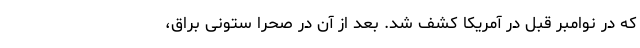
که در نوامبر قبل در آمريکا کشف شد. بعد از آن در صحرا ستونی برّاق،